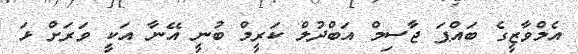
އެމްވާޒީގެ ބައްޕަ ޖާސިމް އަބްދުލް ކަރީމް ބުނީ އޭނާ އަކީ ވަރަށް ޅަ